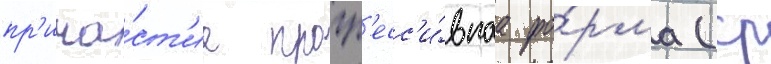
пр'ича́ст'ие прогр'есс'и́внаа фо́рма (ср